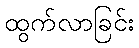
ထွက်လာခြင်း